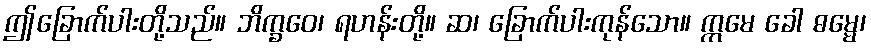
ဤခြောက်ပါးတို့သည်။ ဘိက္ခဝေ၊ ရဟန်းတို့။ ဆ၊ ခြောက်ပါးကုန်သော။ ဣမေ ခေါ ဓမ္မေ၊